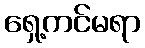
ရှေ့ကင်မရာ